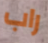
راب